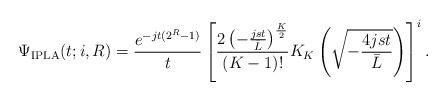
LaTeX: \begin{align*}\Psi_{\textrm{IPLA}}(t;i,R) = \frac{ e^{-jt(2^R-1)} }{ t } \left[ \frac{ 2\left( - \frac{ jst }{ \bar{L} } \right)^{ \frac{ K }{ 2 } } }{ (K-1)! } K_{K} \left( \sqrt{ - \frac{ 4jst }{ \bar{L} } } \right) \right]^i.\end{align*}